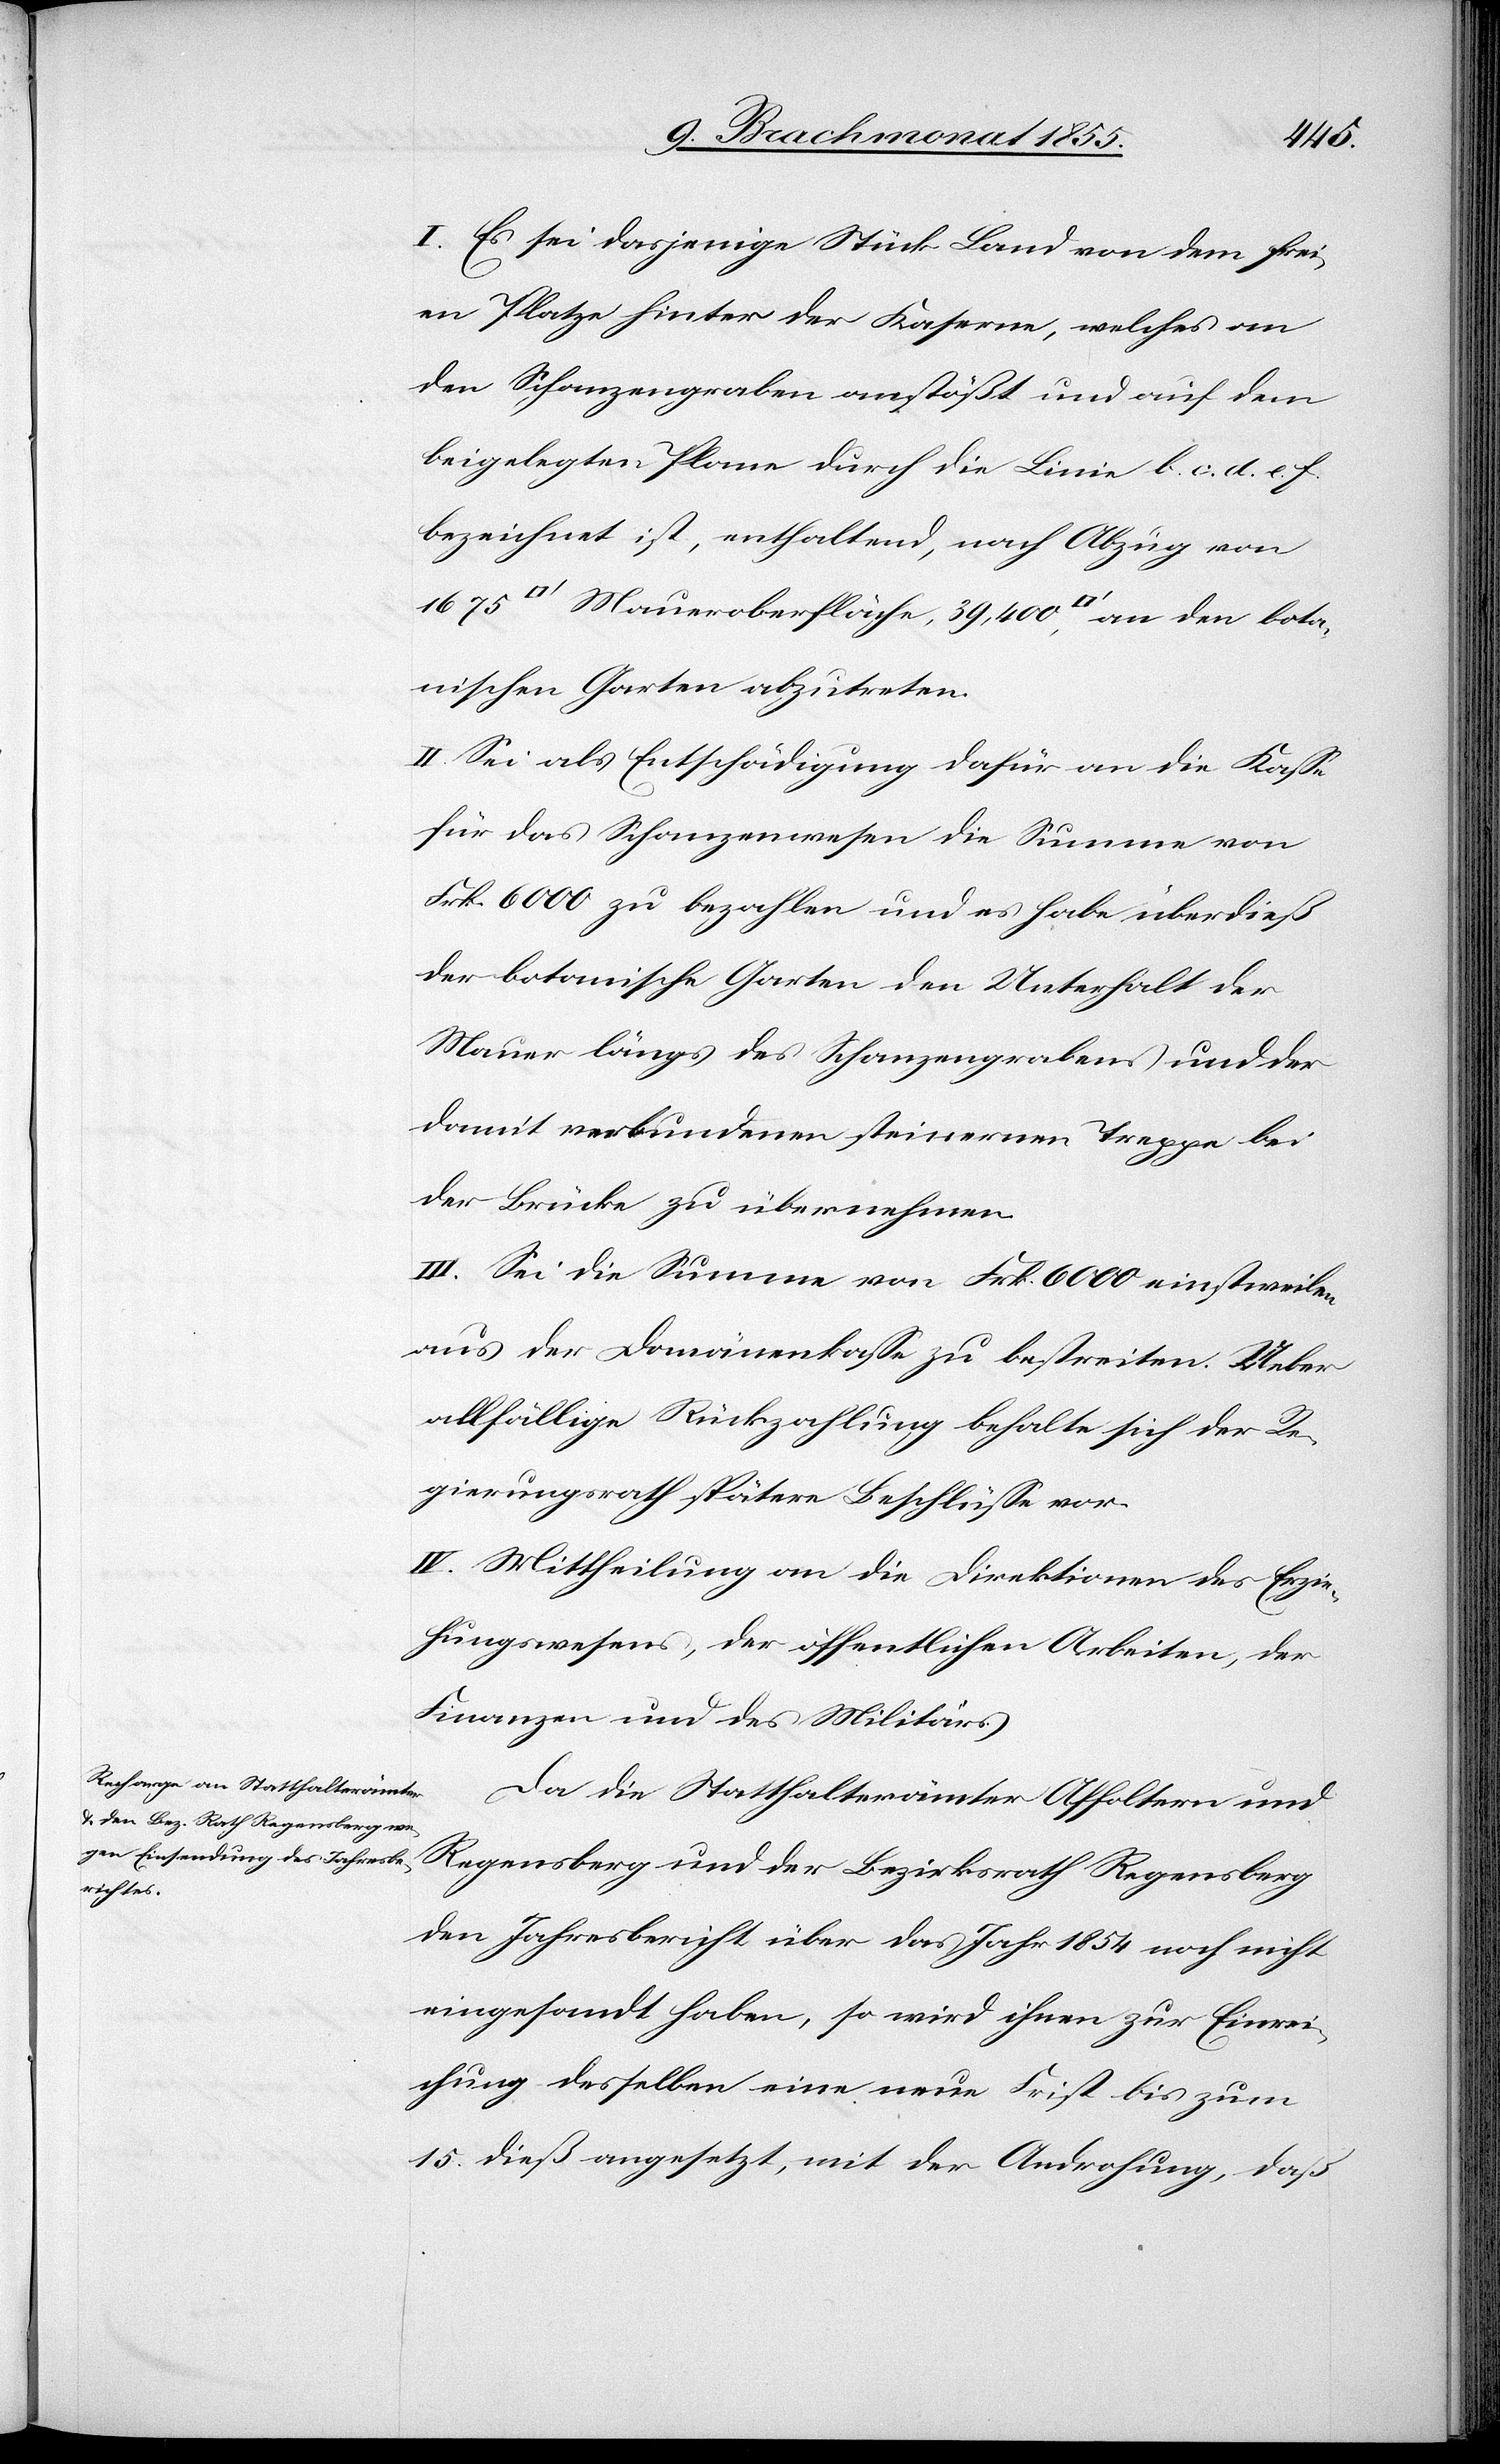
bota¬
I. Es sei dasjenige Stück Land von dem frei¬
en Platze hinter der Kaserne, welches an
den Schanzengraben anstößt und auf dem
beigelegten Plane durch die Linie b. c. d. e. f.
bezeichnet ist, enthaltend, nach Abzug von
nischen Garten abzutreten.
II. Sei als Entschädigung dafür an die Kasse
für das Schanzenwesen die Summe von
Frk. 6000 zu bezahlen und es habe überdieß
der botanische Garten den Unterhalt der
Mauer längs des Schanzengrabens und der
damit verbundenen steinernen Treppe bei
der Brücke zu übernehmen.
III. Sei die Summe von Frk. 6000 einstweilen
aus der Domänenkasse zu bestreiten. Ueber
allfällige Rückzahlung behalte sich der Re¬
gierungsrath spätere Beschlüsse vor.
IV. Mittheilung an die Direktionen des Erzie¬
hungswesens, der öffentlichen Arbeiten, der
Finanzen und des Militärs.
Da die Statthalterämter Affoltern und
Regensberg und der Bezirksrath Regensberg
den Jahresbericht über das Jahr 1854 noch nicht
eingesandt haben, so wird ihnen zur Einrei¬
chung desselben eine neue Frist bis zum
15. dieß angesetzt, mit der Androhung, daß